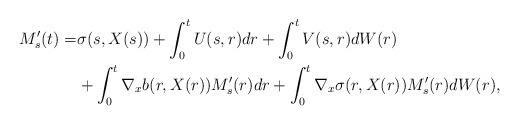
LaTeX: \begin{align*}M'_s (t) =& \sigma(s, X(s)) + \int_0^t U(s, r) dr + \int_0^t V(s, r) dW(r)\\&+\int_0^t \nabla_x b(r, X(r)) M'_s(r) dr + \int_0^t \nabla_x \sigma (r, X(r)) M'_s(r) dW(r),\end{align*}